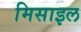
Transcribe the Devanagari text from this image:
मिसाइल